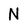
Character: N